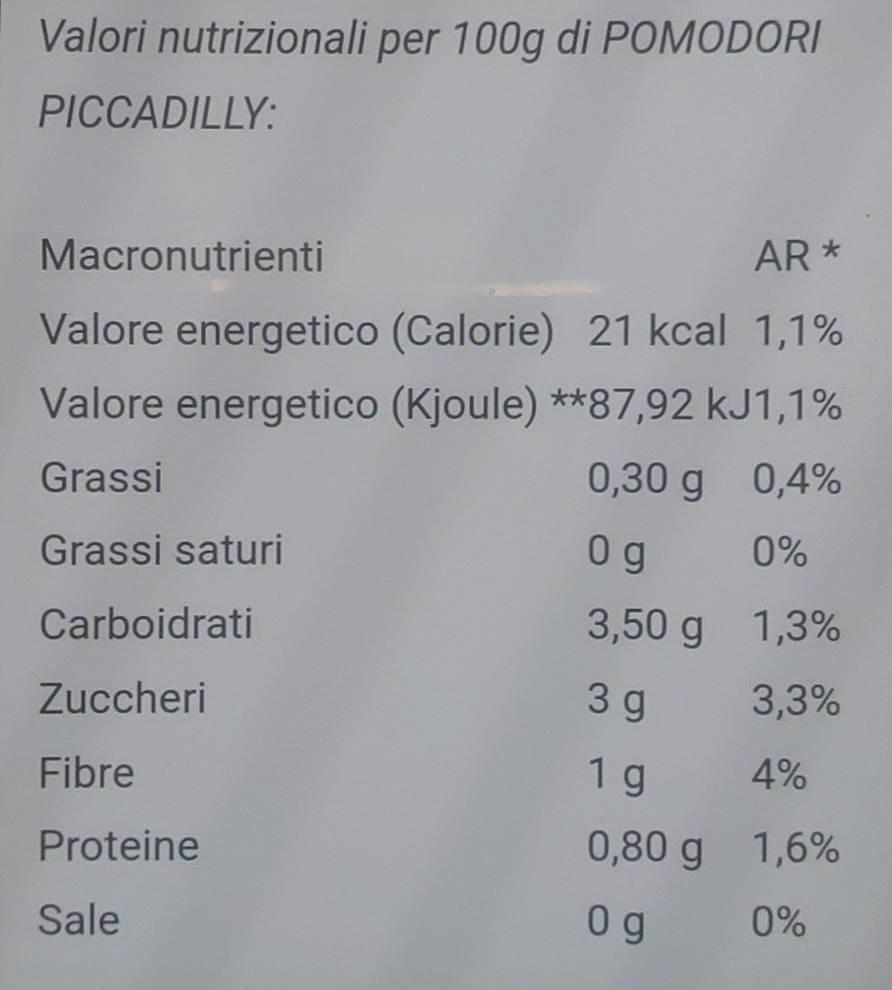
Valori nutrizionali per 100g di POMODORI
PICCADILLY:
AR*
Valore energetico (Calorie) 21 kcal 1,1% Valore energetico (Kjoule) **87,92 kJ1,1% Grassi
0,30 g 0,4%
Grassi saturi
Og
0%
3,50 g 1,3%
3 g
3,3%
1 g
4%
0,80 g 1,6%
Og
0%
Macronutrienti
Carboidrati
Zuccheri
Fibre
Proteine
Sale